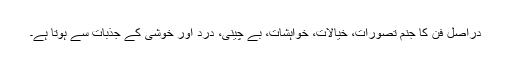
دراصل فن کا جنم تصورات، خیالات، خواہشات، بے چینی، درد اور خوشی کے جذبات سے ہوتا ہے۔